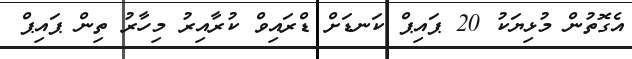
އެގޮތުން މުޅިޔަކު 20 ޕައިޕް ކަނޑަށް ޑްރައިވް ކުރާއިރު މިހާރު ތިން ޕައިޕް